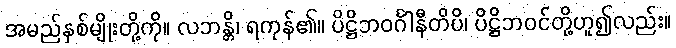
အမည်နှစ်မျိုးတို့ကို။ လဘန္တိ၊ ရကုန်၏။ ပိဋ္ဌိဘဝင်္ဂါနီတိပိ၊ ပိဋ္ဌိဘဝင်တို့ဟူ၍လည်း။